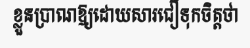
ខ្លួនប្រាណឱ្យដោយសារជឿទុកចិត្តថា